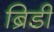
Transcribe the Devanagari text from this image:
ब्रिडी